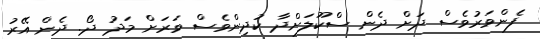
ފެންވަރުވެސް ދަށް ދެން ސްކޫލަށްދާ ކުދިންވެސް ވަރަށް މަދު ދޯ. ދެން އޭރު